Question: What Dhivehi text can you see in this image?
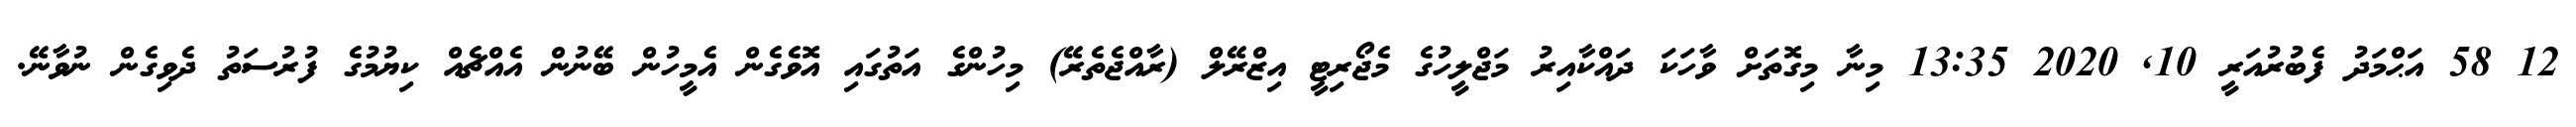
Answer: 12 58 އަޙްމަދު ފެބުރުއަރީ 10, 2020 13:35 މިނާ މިގޮތަށް ވާހަކަ ދައްކާއިރު މަޖްލީހުގެ މެޖޯރިޓީ އިޒްރޭލް (ރާއްޖެތެރޭ) މިހުންގެ އަތުގައި އޮވެގެން އެމީހުން ބޭނުން އެއްޗެއް ކިޔުމުގެ ފުރުސަތު ދެވިގެން ނުވާނޭ.